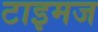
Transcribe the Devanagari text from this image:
टाइमज